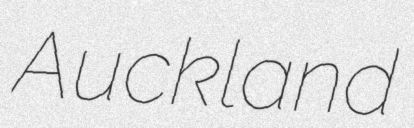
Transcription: Auckland